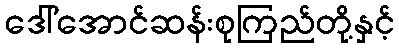
ဒေါ်အောင်ဆန်းစုကြည်တို့နှင့်